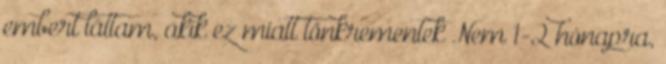
embert láttam, akik ez miatt tönkrementek Nem 1-2 hónapra,